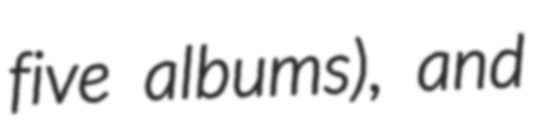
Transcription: five albums), and